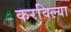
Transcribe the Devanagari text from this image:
करविल्या